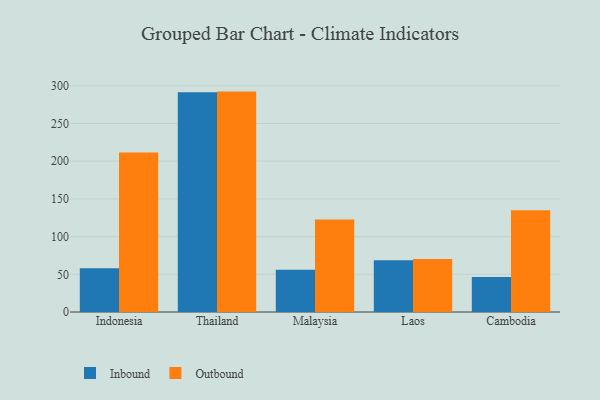
{"axis": {"x": "Country", "y": "Temperature (°C)"}, "legend": ["Inbound", "Outbound"], "data": [{"x": "Indonesia", "y": 58.1, "type": "Inbound"}, {"x": "Indonesia", "y": 211.4, "type": "Outbound"}, {"x": "Thailand", "y": 291.4, "type": "Inbound"}, {"x": "Thailand", "y": 292.3, "type": "Outbound"}, {"x": "Malaysia", "y": 55.9, "type": "Inbound"}, {"x": "Malaysia", "y": 122.8, "type": "Outbound"}, {"x": "Laos", "y": 68.6, "type": "Inbound"}, {"x": "Laos", "y": 70.3, "type": "Outbound"}, {"x": "Cambodia", "y": 46.4, "type": "Inbound"}, {"x": "Cambodia", "y": 135.1, "type": "Outbound"}]}